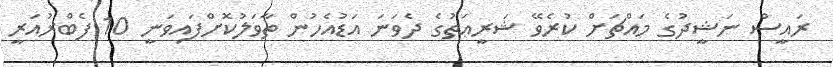
ރައީސް ނަޝީދުގެ މައްޗަށް ކުރެވޭ ޝަރީޢަތުގެ ދެވަނަ އަޑުއެހުން ތާވަލުކޮށްފައިވަނީ 10 ފެބްރުއަރީ